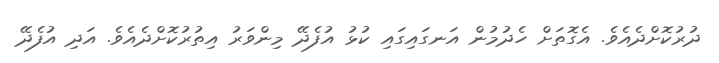
ދުރުކޮށްދެއެވެ. އެގޮތަށް ހެދުމުން އަނގައިގައި ކުޅު އުފެދޭ މިންވަރު އިތުރުކޮށްދެއެވެ. އަދި އުފެދޭ